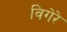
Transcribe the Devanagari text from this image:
विगेरे